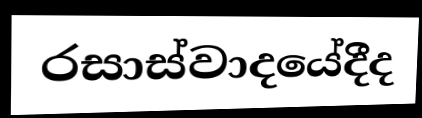
රසාස්වාදයේදීද